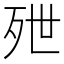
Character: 𬆑